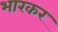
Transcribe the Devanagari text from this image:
भारकर